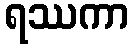
ရဿကာ